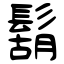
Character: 鬍